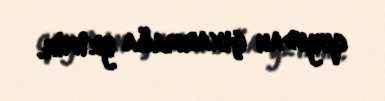
quyudan çıxarmağa yetmir.